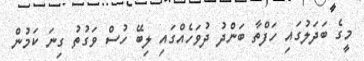
މީގެ ބަދަލުގައި ހަފްތާ ބަންދު ދުވަހެއްގައި ލިބޭ ހުސް ވަގުތު ގިނަ ކަމުން